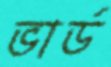
ভার্ড